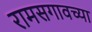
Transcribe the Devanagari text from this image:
रामसगावच्या